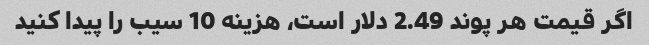
اگر قیمت هر پوند 2.49 دلار است، هزینه 10 سیب را پیدا کنید